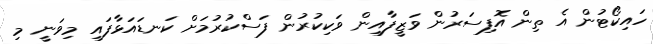
ހައިކޯޓުން އެ ތިން އޮފިސަރުން ވަޒީފާއިން ވަކިކުރުން ފަސްކުރުމަށް ކަނޑައަޅާފައި މިވަނީ މި